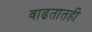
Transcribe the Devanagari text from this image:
वाढतातही